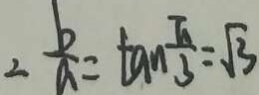
\therefore \frac { b } { a } = \tan \frac { \pi } { 3 } = \sqrt { 3 }